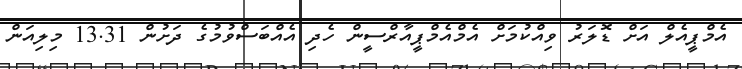
އެމްޕީއެލް އަށް ޑޮލަރު ވިއްކުމަށް އެމްއެމްޕީއާރްސީން ހެދި އެއްބަސްވުމުގެ ދަށުން 13.31 މިލިއަން